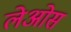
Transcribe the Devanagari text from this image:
लेओस